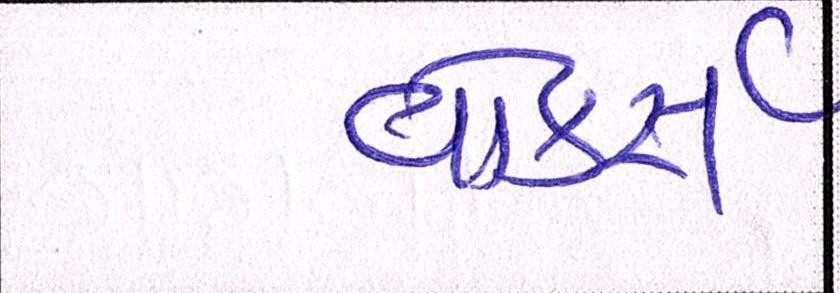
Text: વોકર્સ